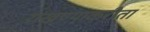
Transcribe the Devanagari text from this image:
राखण्याकरीता